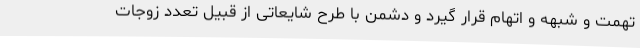
تهمت و شبهه و اتهام قرار گیرد و دشمن با طرح شایعاتی از قبیل تعدد زوجات